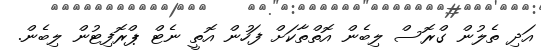
އަދި ތެލުން ގްރޮސް ލިބެން އޮތްތާކަށް ފަހުން އޮތީ ނެޓް ޕްރޮފިޓުން ލިބެން.